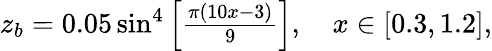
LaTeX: \begin{array}{r}{z_{b}=0.05\sin^{4}\left[\frac{\pi(10x-3)}{9}\right],\quad x\in[0.3,1.2],}\end{array}